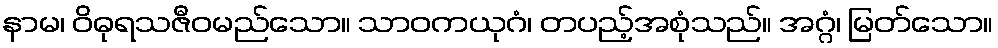
နာမ၊ ဝိဓုရသဇီဝမည်သော။ သာဝကယုဂံ၊ တပည့်အစုံသည်။ အဂ္ဂံ၊ မြတ်သော။